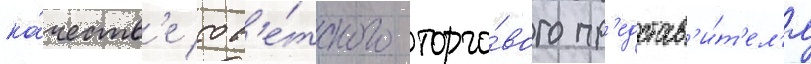
ка́честв'е сов'е́тского торго́вого пр'едстав'и́т'ел'я